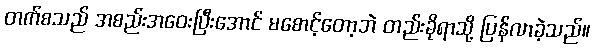
တက်စသည် အစည်းအဝေးပြီးအောင် မစောင့်တော့ဘဲ တည်းခိုရာသို့ ပြန်လာခဲ့သည်။